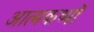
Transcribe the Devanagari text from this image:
आत्मकथ्यों